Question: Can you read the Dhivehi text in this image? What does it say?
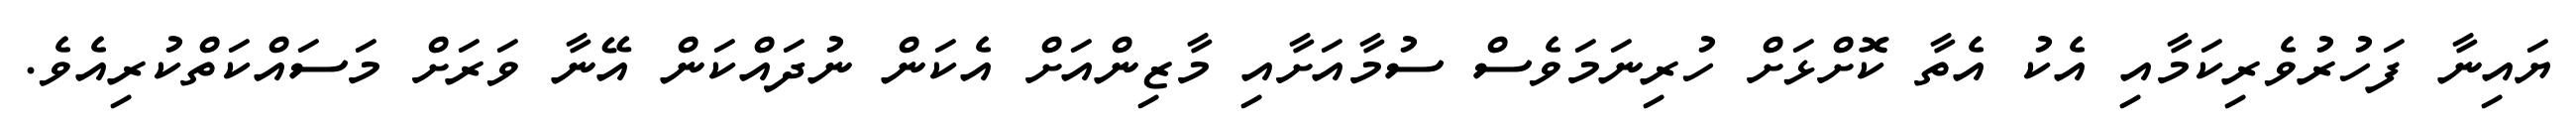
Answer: ޔައިނާ ފަހުރުވެރިކަމާއި އެކު އެތާ ކޮށްޅަށް ހުރިނަމަވެސް ސުމާއަށާއި މާޒިންއަށް އެކަން ނުދައްކަން އޭނާ ވަރަށް މަސައްކަތްކުރިއެވެ.